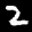
Label: 2